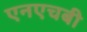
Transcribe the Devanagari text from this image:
एनएचबी